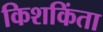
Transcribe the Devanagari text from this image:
किशकिंता